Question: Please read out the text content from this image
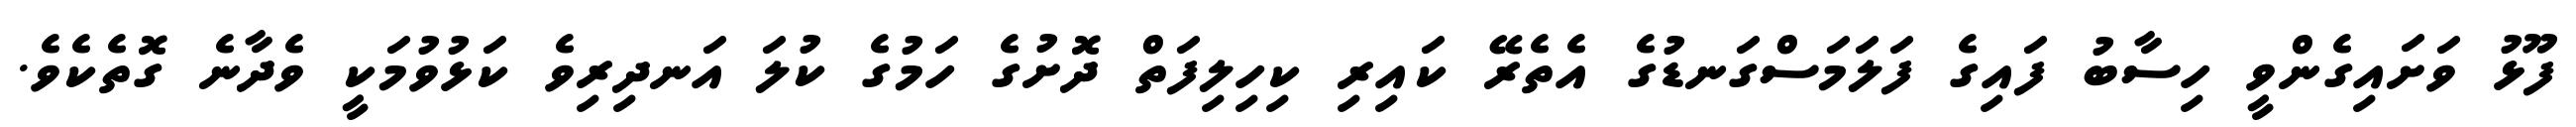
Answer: ފޫޅު ވަށައިގެންވީ ހިސާބު ފައިގެ ފަލަމަސްގަނޑުގެ އެތެރޭ ކައިރި ކިހިލިފަތް ދޮށުގެ ހަމުގެ ކުލަ އަނދިރިވެ ކަޅުވުމަކީ ވެދާނެ ގޮތެކެވެ.